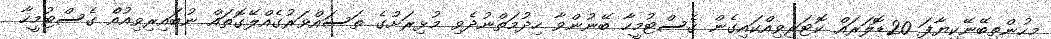
މީހުންތިބޭނޭކިޔާފަ 20ޑޮލަރައް ކޮޓަރިވިއްކައިގެން ގެސްޓުމީހާ ބޭނުންވާ ހިދުމަތްނުދެވި މުޅިރަށުގެ ތަސައްވަރުގެއްލޭގޮތައް ނުބައިރިވިއުއެް ގެސްޓުމީހާ